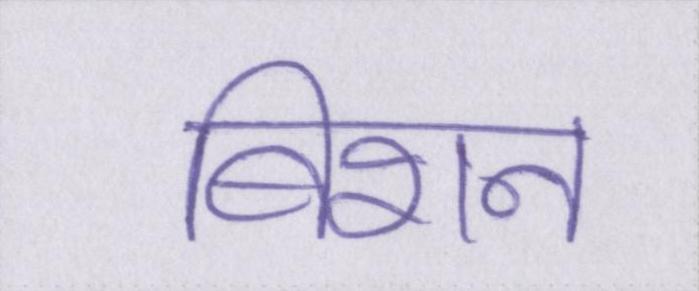
बिशन